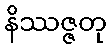
နိဿဇ္ဇတု